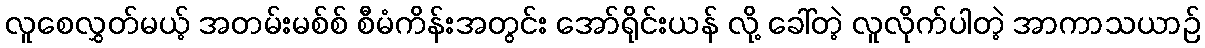
လူစေလွှတ်မယ့် အတမ်းမစ်စ် စီမံကိန်းအတွင်း အော်ရိုင်းယန် လို့ ခေါ်တဲ့ လူလိုက်ပါတဲ့ အာကာသယာဉ်